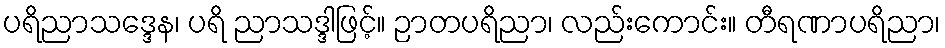
ပရိညာသဒ္ဒေန၊ ပရိ ညာသဒ္ဒါဖြင့်။ ဉာတပရိညာ၊ လည်းကောင်း။ တီရဏာပရိညာ၊